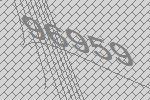
96959